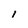
Character: 1